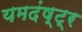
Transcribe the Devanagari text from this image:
यमदंष्ट्र